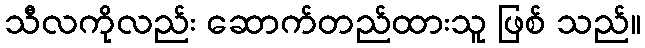
သီလကိုလည်း ဆောက်တည်ထားသူ ဖြစ် သည်။